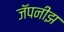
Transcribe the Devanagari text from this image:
जॅपनीझ